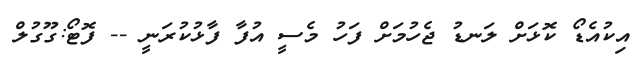
އިކުއެޑޯ ކޮޅަށް ލަނޑު ޖެހުމަށް ފަހު މެސީ އުފާ ފާޅުކުރަނީ -- ފޮޓޯ:ގޫގުލް